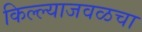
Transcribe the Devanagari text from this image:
किल्ल्याजवळचा